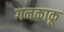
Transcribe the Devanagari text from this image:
गनकाकू